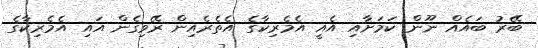
ބޭރު ބައެއް ނޫން ކަމަށާއި އެއީ އެމެރިކާގެ އެތެރެއިން ރޭވިގެން އައި އެމެރިކާގެ